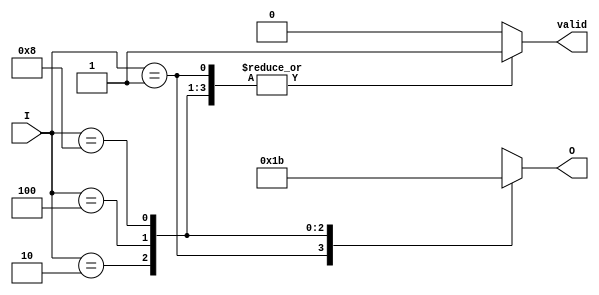
module one_of_n_encoder #(parameter N = 4) (
    input [N-1:0] I,          // N input lines
    output reg [log2(N)-1:0] O, // Output lines (log2(N) bits)
    output reg valid          // Indicates if the output is valid (one input is high)
);

    // Function to calculate log2 of N
    function integer log2;
        input integer value;
        begin
            log2 = 0;
            while (2**log2 < value) begin
                log2 = log2 + 1;
            end
        end
    endfunction

    always @* begin
        // Default values
        O = {log2(N){1'bx}};  // Undefined state
        valid = 0;            // Default valid signal to 0

        // Encoder logic
        case (I)
            1 << 0: begin O = 0; valid = 1; end
            1 << 1: begin O = 1; valid = 1; end
            1 << 2: begin O = 2; valid = 1; end
            1 << 3: begin O = 3; valid = 1; end
            // Add more cases as needed for larger N
            default: begin
                // Handle the case where more than one input is high
                // Can output an error state or keep O as undefined
                O = {log2(N){1'bx}}; // Keep output undefined
                valid = 0;          // Ensure valid is low
            end
        endcase
    end

endmodule